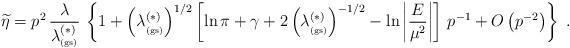
LaTeX: \begin{align*}\widetilde{\eta}=p^{2}\, \frac{\lambda}{ \lambda_{_{\rm (gs)}}^{(\ast)}} \,\left\{ 1 +\left( \lambda_{_{\rm (gs)}}^{(\ast)} \right)^{1/2}\left[ \ln \pi + \gamma+ 2 \left( \lambda_{_{\rm (gs)}}^{(\ast)} \right)^{-1/2}- \ln \left| \frac{E}{\mu^{2}} \right|\right]\, p^{-1}+ O \left( p^{-2} \right)\right\}\; .\end{align*}